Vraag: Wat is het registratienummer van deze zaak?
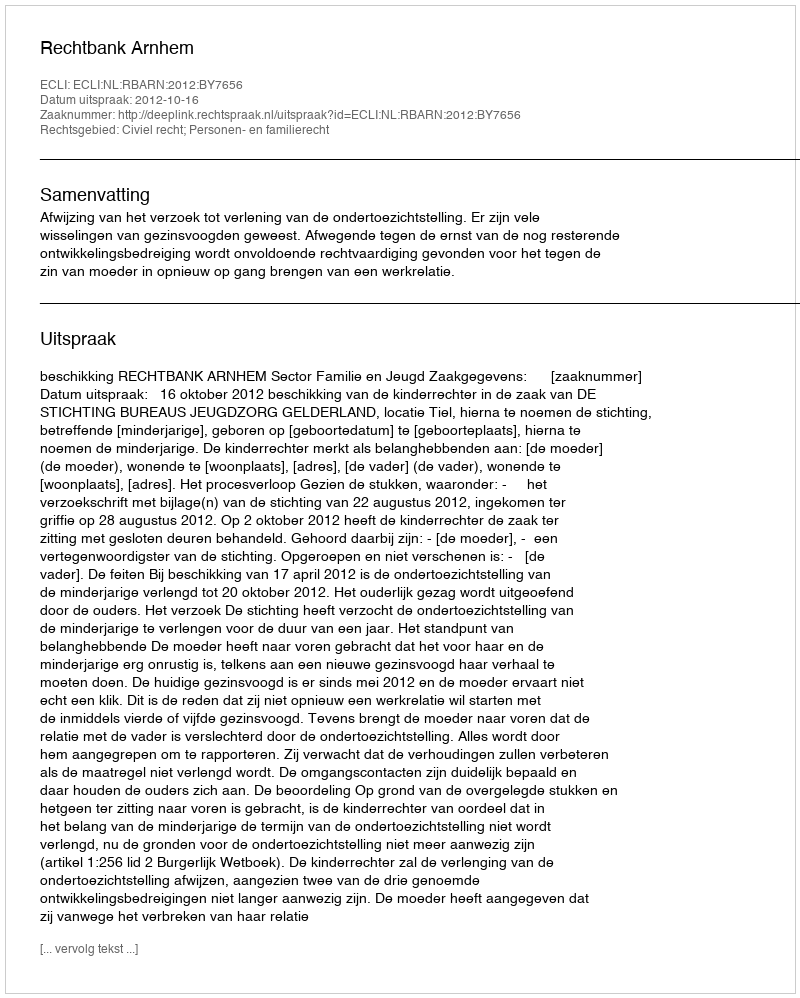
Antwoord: http://deeplink.rechtspraak.nl/uitspraak?id=ECLI:NL:RBARN:2012:BY7656